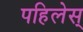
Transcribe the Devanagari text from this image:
पहिलेस्